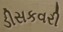
ડીસકવરી